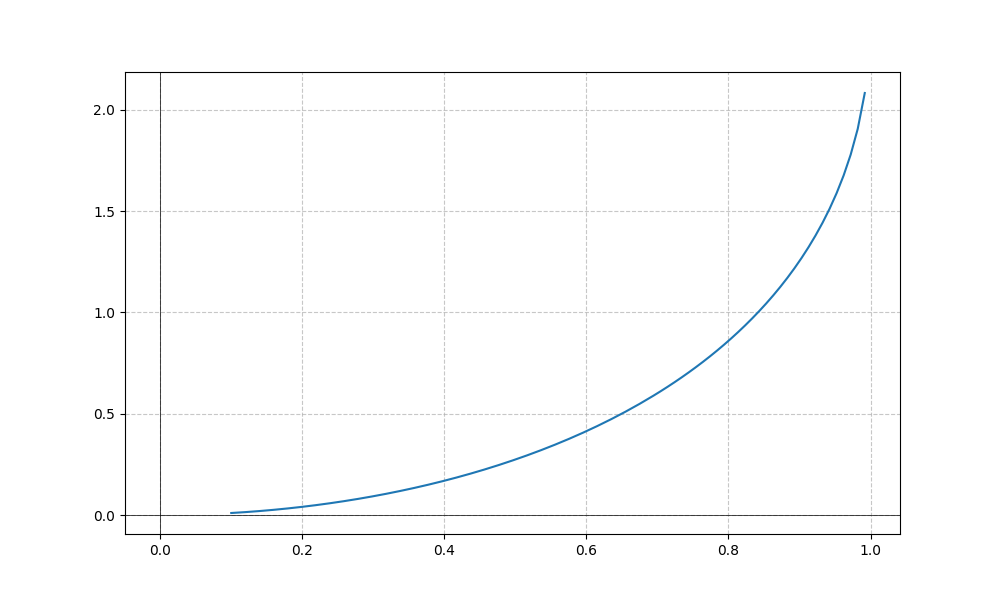
LaTeX formula: \operatorname{asin}^{2}{\left(x \right)}